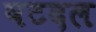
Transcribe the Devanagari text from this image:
षटदल